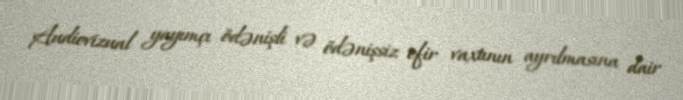
Audiovizual yayımçı ödənişli və ödənişsiz efir vaxtının ayrılmasına dair